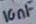
Text: 10nF